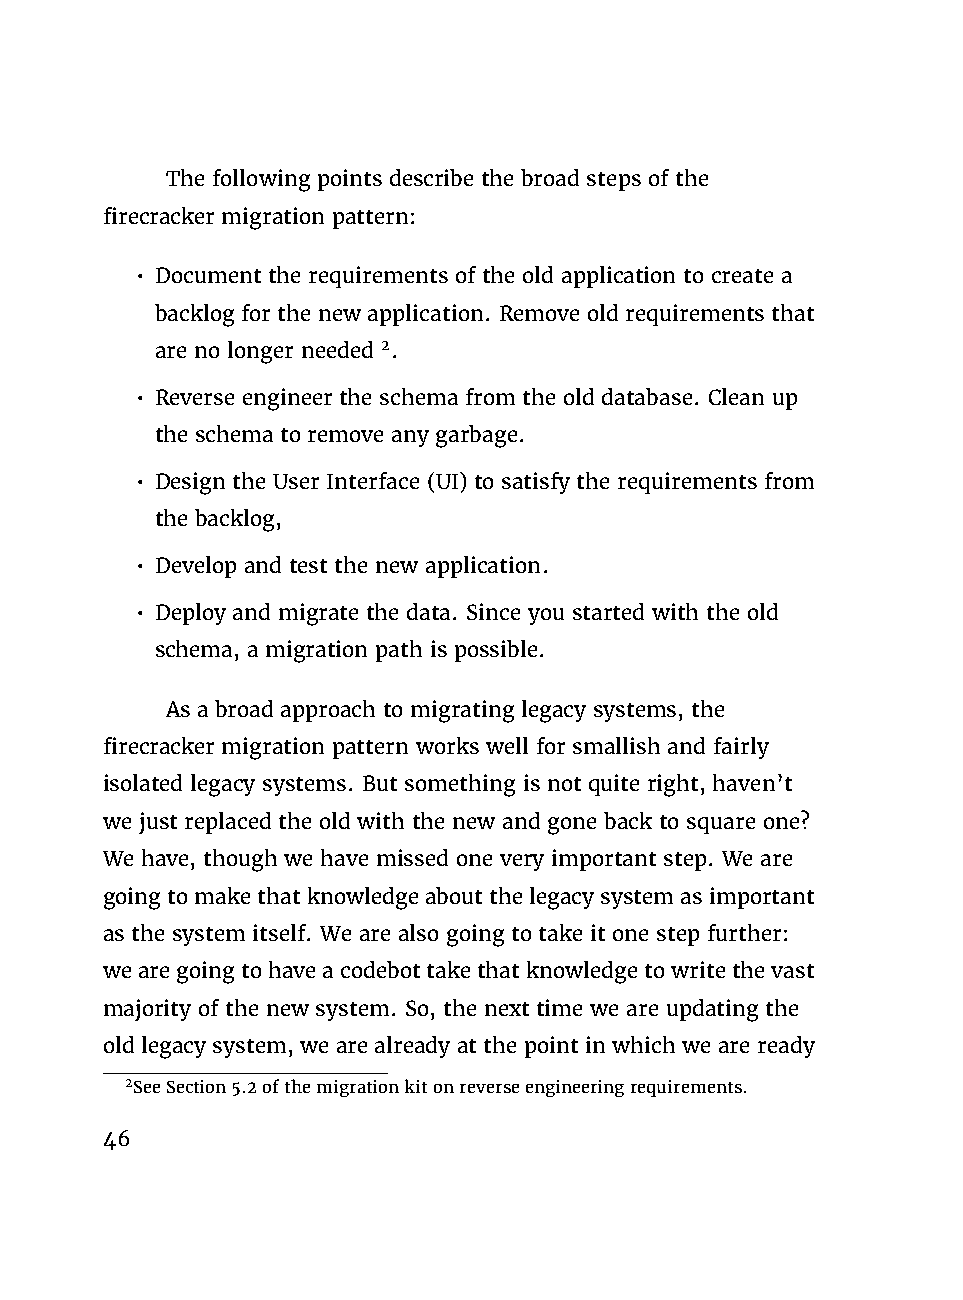
The following points describe the broad steps of the
 firecracker migration pattern:
 • Document the requirements of the old application to create a
 backlog for the new application. Remove old requirements that
 are no longer needed 2.
 • Reverse engineer the schema from the old database. Clean up
 the schema to remove any garbage.
 • Design the User Interface (UI) to satisfy the requirements from
 the backlog,
 • Develop and test the new application.
 • Deploy and migrate the data. Since you started with the old
 schema, a migration path is possible.
 As a broad approach to migrating legacy systems, the
 firecracker migration pattern works well for smallish and fairly
 isolated legacy systems. But something is not quite right, haven’t
 we just replaced the old with the new and gone back to square one?
 We have, though we have missed one very important step. We are
 goingtomakethatknowledgeaboutthelegacysystemasimportant
 as the system itself. We are also going to take it one step further:
 wearegoingtohaveacodebottakethatknowledgetowritethevast
 majority of the new system. So, the next time we are updating the
 old legacy system, we are already at the point in which we are ready
 2SeeSection5.2ofthemigrationkitonreverseengineeringrequirements.
 46